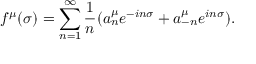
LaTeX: f ^ { \mu } ( \sigma ) = \sum _ { n = 1 } ^ { \infty } \frac { 1 } { n } ( a _ { n } ^ { \mu } e ^ { - i n \sigma } + a _ { - n } ^ { \mu } e ^ { i n \sigma } ) .